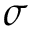
\sigma